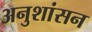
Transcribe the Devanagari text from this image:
अनुशांसन